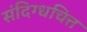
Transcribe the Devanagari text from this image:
संदिग्धचित्त